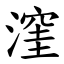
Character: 漥